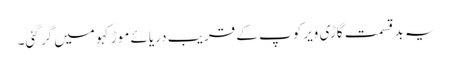
یہ بد قسمت گاڑی ویرکوپ کے قریب دریائے موڑکہو میں گر گئی۔